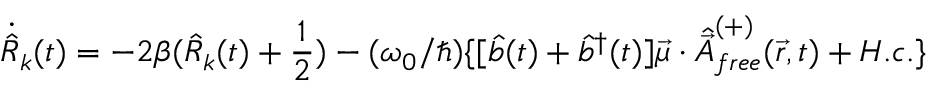
{ \dot { \hat { R } } } _ { k } ( t ) = - 2 \beta ( { \hat { R } } _ { k } ( t ) + { \frac { 1 } { 2 } } ) - ( \omega _ { 0 } / \hbar ) \{ [ { \hat { b } } ( t ) + { \hat { b } } ^ { \dagger } ( t ) ] { \vec { \mu } } \cdot { \hat { \vec { A } } } _ { f r e e } ^ { ( + ) } ( { \vec { r } } , t ) + H . c . \}